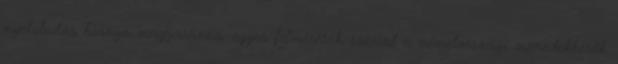
nyelvtudás hiánya magyarázza: egyes felmérések szerint a németországi menedékkérők